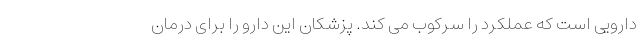
دارویی است که عملکرد را سرکوب می کند. پزشکان این دارو را برای درمان